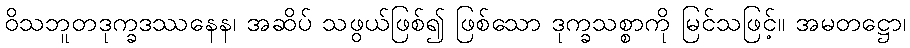
ဝိသဘူတဒုက္ခဒဿနေန၊ အဆိပ် သဖွယ်ဖြစ်၍ ဖြစ်သော ဒုက္ခသစ္စာကို မြင်သဖြင့်။ အမတဋ္ဌော၊